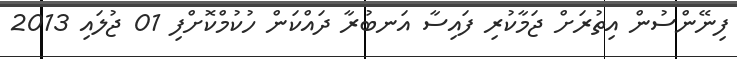
ފިނޭންސުން އިތުރަށް ޖަމާކުރި ފައިސާ އަނބުރާ ދައްކަން ހުކުމްކޮށްފި 01 ޖުލައި 2013